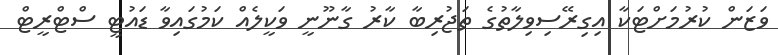
ވަޒަން ކުރުމަށްޓަކާ އިގިރޭސިވިލާތުގެ ތަޖުރިބާ ކާރު ގާނޫނީ ވަކީލެއް ކަމުގައިވާ ޑައުޓީ ސްޓްރީޓް